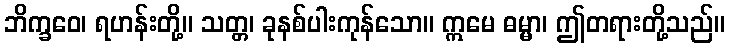
ဘိက္ခဝေ၊ ရဟန်းတို့။ သတ္တ၊ ခုနစ်ပါးကုန်သော။ ဣမေ ဓမ္မာ၊ ဤတရားတို့သည်။